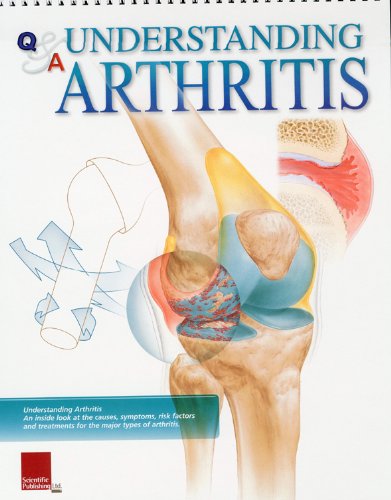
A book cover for Understanding Arthritis Flip Chart (Flip Charts); Scientific Publishing; Health, Fitness & Dieting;